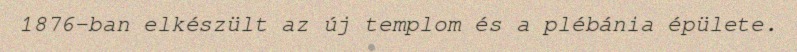
1876-ban elkészült az új templom és a plébánia épülete.